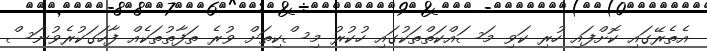
އެތެރޭގައި ކޮށްފައި ހުރި ކަވި މަސައްކަތްތަކުގައި ހުކުރު މިސްކިތަށް ވުރެ ތަފާތުތަކެއް ފާހަގަކުރެވުނަސް